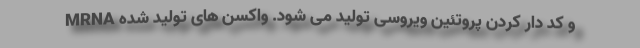
MRNA و کد دار کردن پروتئین ویروسی تولید می شود. واکسن های تولید شده